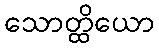
သောတ္ထိယော